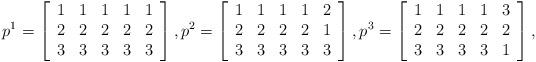
LaTeX: \begin{align*}p^1=\left[\begin{array}{ccccc} 1 & 1 & 1& 1& 1 \\ 2 & 2 & 2& 2& 2\\ 3 & 3 & 3& 3& 3 \\\end{array}\right],p^2=\left[\begin{array}{ccccc} 1 & 1 & 1 & 1 & 2 \\ 2 & 2 & 2& 2& 1\\ 3 & 3 & 3 & 3 & 3 \\\end{array}\right],p^3=\left[\begin{array}{ccccc} 1 & 1 & 1 & 1 & 3 \\ 2 & 2 & 2 & 2 & 2 \\ 3 & 3 & 3 & 3 & 1 \\\end{array}\right],\end{align*}